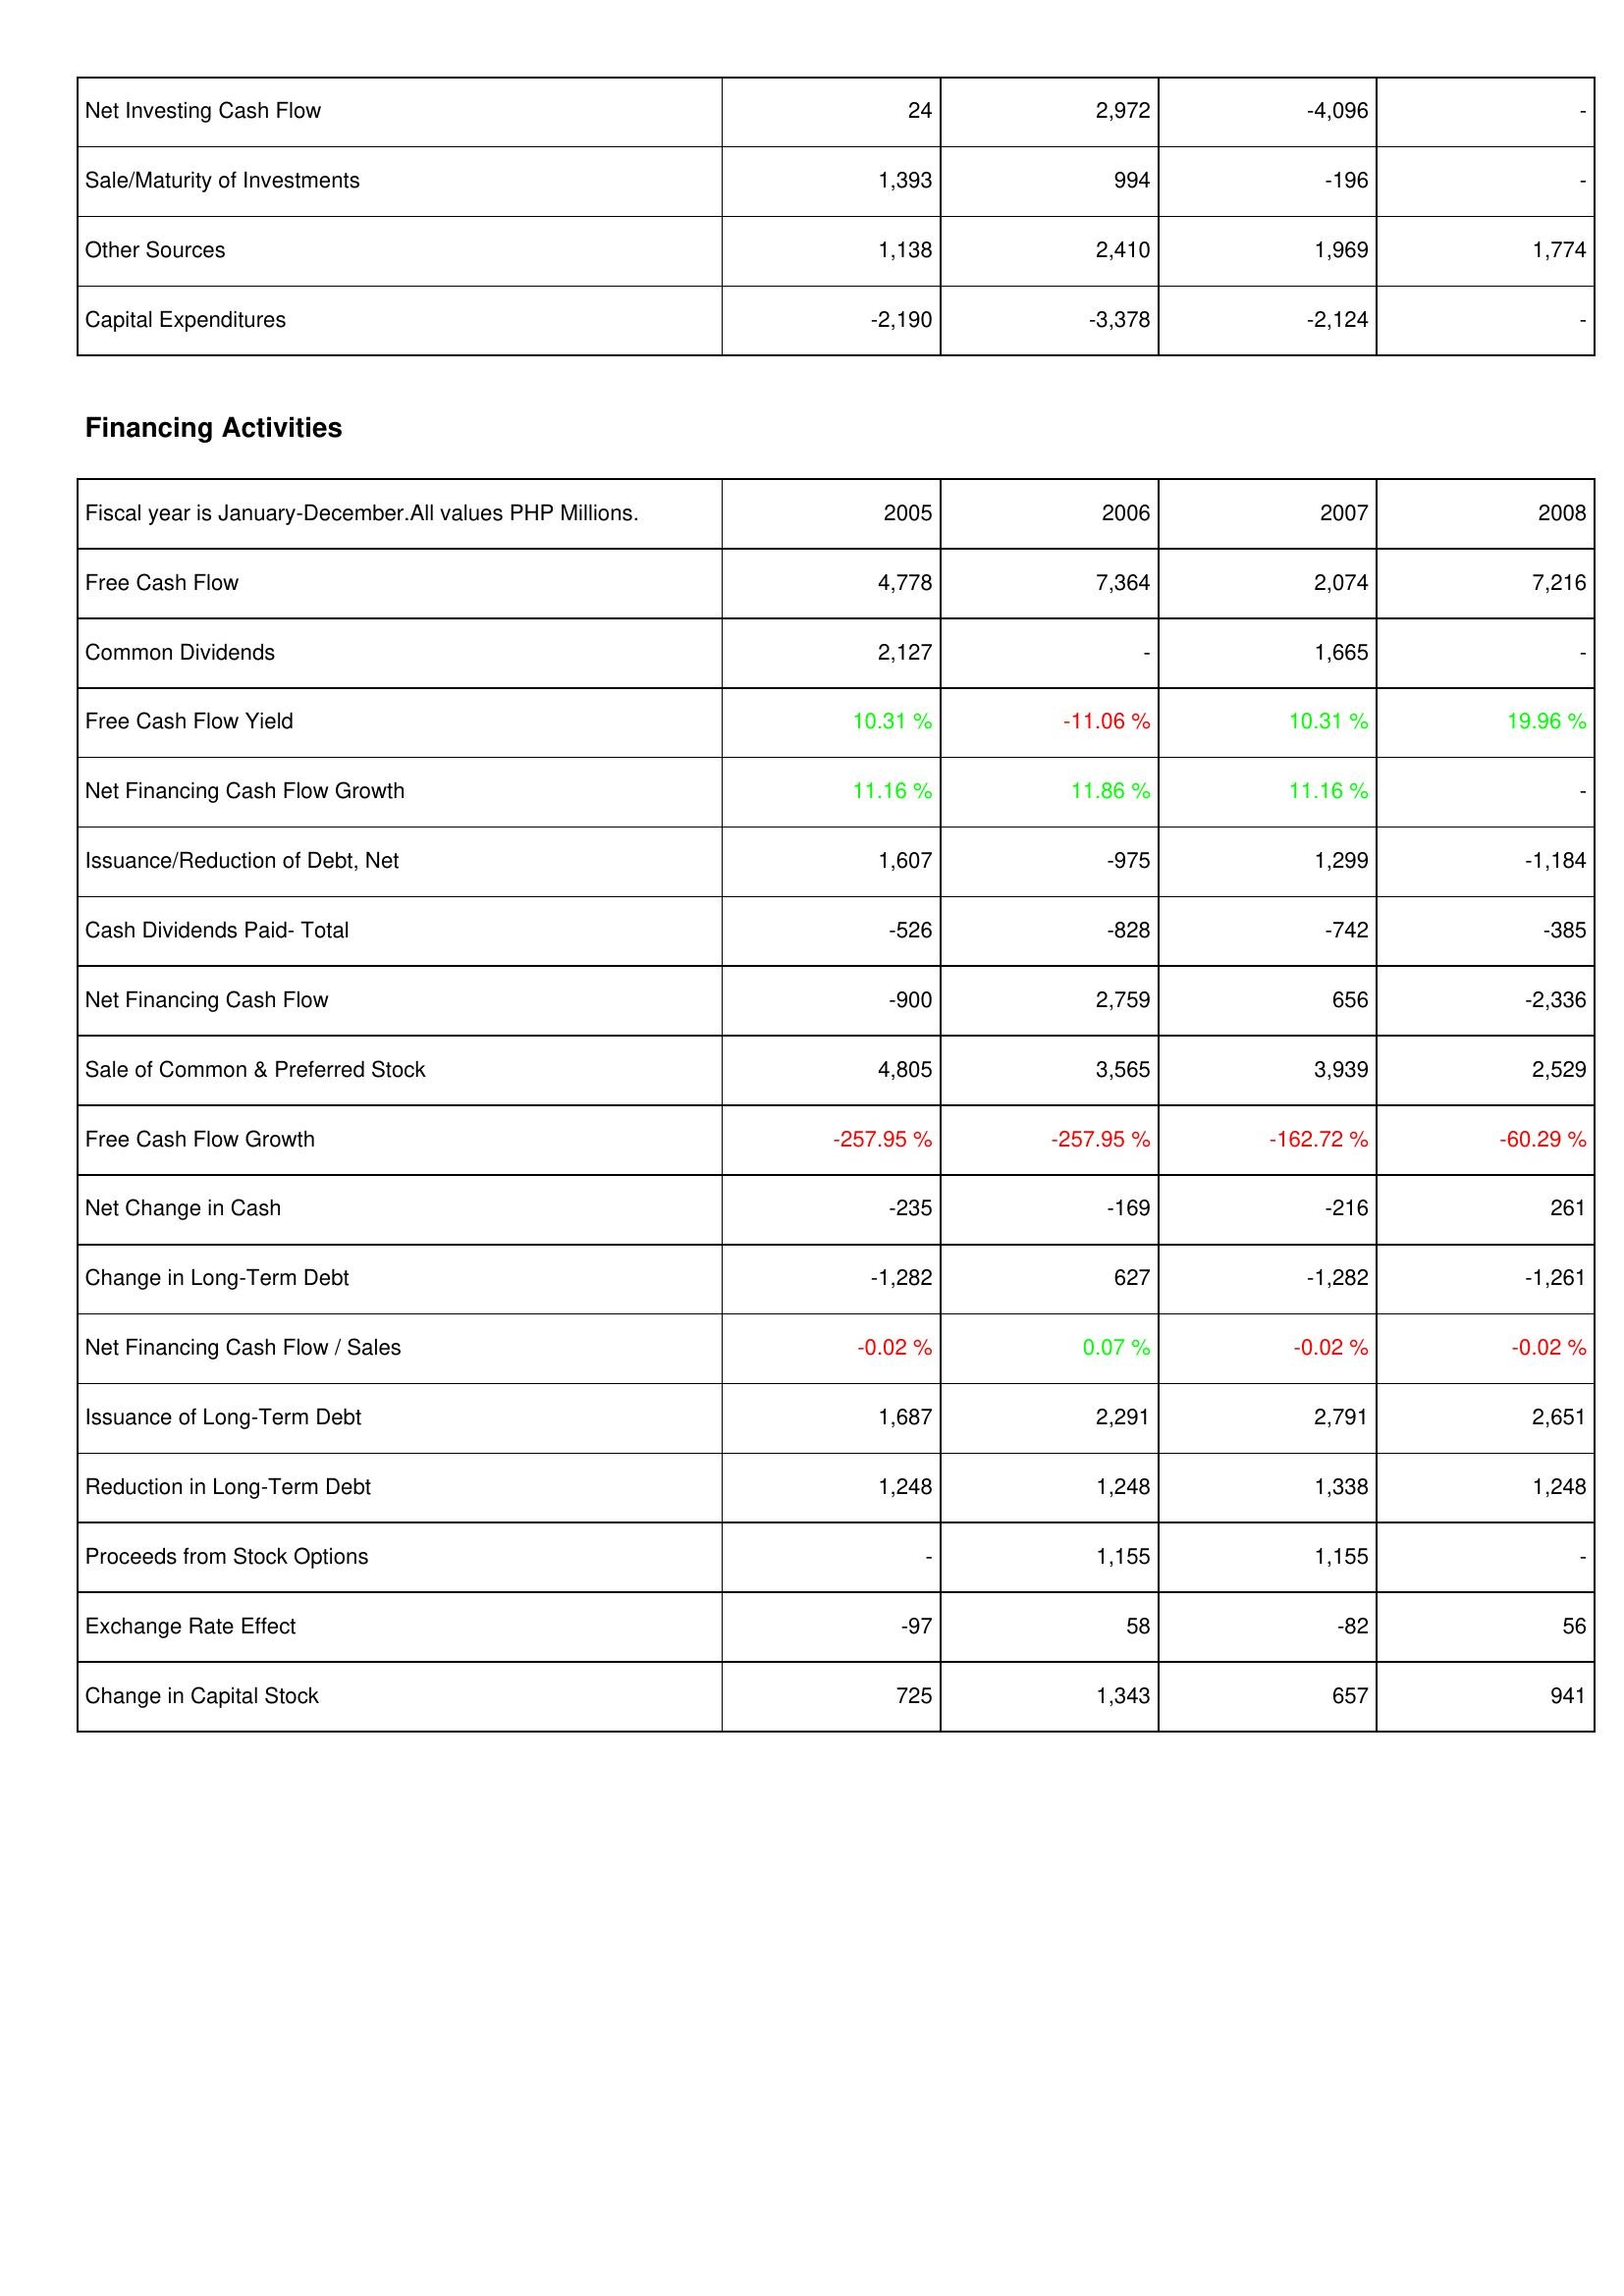
2005: Investing Activities: Net Investing Cash Flow: 24
Sale/Maturity of Investments: 1,393
Other Sources: 1,138
Capital Expenditures: -2,190
Financing Activities: Free Cash Flow: 4,778
Common Dividends: 2,127
Free Cash Flow Yield: 10.31 %
Net Financing Cash Flow Growth: 11.16 %
Issuance/Reduction of Debt, Net: 1,607
Cash Dividends Paid- Total: -526
Net Financing Cash Flow: -900
Sale of Common & Preferred Stock: 4,805
Free Cash Flow Growth: -257.95 %
Net Change in Cash: -235
Change in Long-Term Debt: -1,282
Net Financing Cash Flow / Sales: -0.02 %
Issuance of Long-Term Debt: 1,687
Reduction in Long-Term Debt: 1,248
Proceeds from Stock Options: -
Exchange Rate Effect: -97
Change in Capital Stock: 725
2006: Investing Activities: Net Investing Cash Flow: 2,972
Sale/Maturity of Investments: 994
Other Sources: 2,410
Capital Expenditures: -3,378
Financing Activities: Free Cash Flow: 7,364
Common Dividends: -
Free Cash Flow Yield: -11.06 %
Net Financing Cash Flow Growth: 11.86 %
Issuance/Reduction of Debt, Net: -975
Cash Dividends Paid- Total: -828
Net Financing Cash Flow: 2,759
Sale of Common & Preferred Stock: 3,565
Free Cash Flow Growth: -257.95 %
Net Change in Cash: -169
Change in Long-Term Debt: 627
Net Financing Cash Flow / Sales: 0.07 %
Issuance of Long-Term Debt: 2,291
Reduction in Long-Term Debt: 1,248
Proceeds from Stock Options: 1,155
Exchange Rate Effect: 58
Change in Capital Stock: 1,343
2007: Investing Activities: Net Investing Cash Flow: -4,096
Sale/Maturity of Investments: -196
Other Sources: 1,969
Capital Expenditures: -2,124
Financing Activities: Free Cash Flow: 2,074
Common Dividends: 1,665
Free Cash Flow Yield: 10.31 %
Net Financing Cash Flow Growth: 11.16 %
Issuance/Reduction of Debt, Net: 1,299
Cash Dividends Paid- Total: -742
Net Financing Cash Flow: 656
Sale of Common & Preferred Stock: 3,939
Free Cash Flow Growth: -162.72 %
Net Change in Cash: -216
Change in Long-Term Debt: -1,282
Net Financing Cash Flow / Sales: -0.02 %
Issuance of Long-Term Debt: 2,791
Reduction in Long-Term Debt: 1,338
Proceeds from Stock Options: 1,155
Exchange Rate Effect: -82
Change in Capital Stock: 657
2008: Investing Activities: Net Investing Cash Flow: -
Sale/Maturity of Investments: -
Other Sources: 1,774
Capital Expenditures: -
Financing Activities: Free Cash Flow: 7,216
Common Dividends: -
Free Cash Flow Yield: 19.96 %
Net Financing Cash Flow Growth: -
Issuance/Reduction of Debt, Net: -1,184
Cash Dividends Paid- Total: -385
Net Financing Cash Flow: -2,336
Sale of Common & Preferred Stock: 2,529
Free Cash Flow Growth: -60.29 %
Net Change in Cash: 261
Change in Long-Term Debt: -1,261
Net Financing Cash Flow / Sales: -0.02 %
Issuance of Long-Term Debt: 2,651
Reduction in Long-Term Debt: 1,248
Proceeds from Stock Options: -
Exchange Rate Effect: 56
Change in Capital Stock: 941